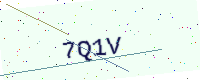
Text: 7Q1V